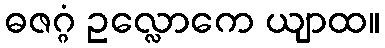
ဓဇဂ္ဂံ ဥလ္လောကေ ယျာထ။